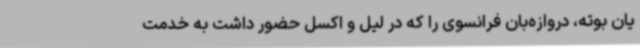
یان بوته، دروازه‌بان فرانسوی را که در لیل و اکسل حضور داشت به خدمت